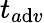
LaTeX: t_{a\mathrm{d}v}